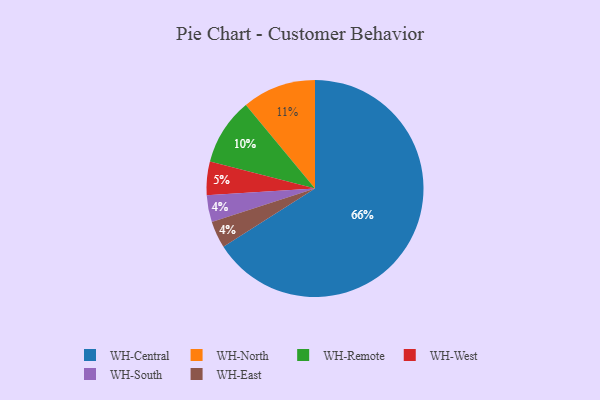
{"axis": {"x": "Category", "y": "Percentage"}, "legend": ["WH-Central", "WH-East", "WH-North", "WH-Remote", "WH-South", "WH-West"], "data": [{"x": "WH-West", "y": 5, "type": "WH-West"}, {"x": "WH-South", "y": 4, "type": "WH-South"}, {"x": "WH-North", "y": 11, "type": "WH-North"}, {"x": "WH-East", "y": 4, "type": "WH-East"}, {"x": "WH-Central", "y": 66, "type": "WH-Central"}, {"x": "WH-Remote", "y": 10, "type": "WH-Remote"}]}